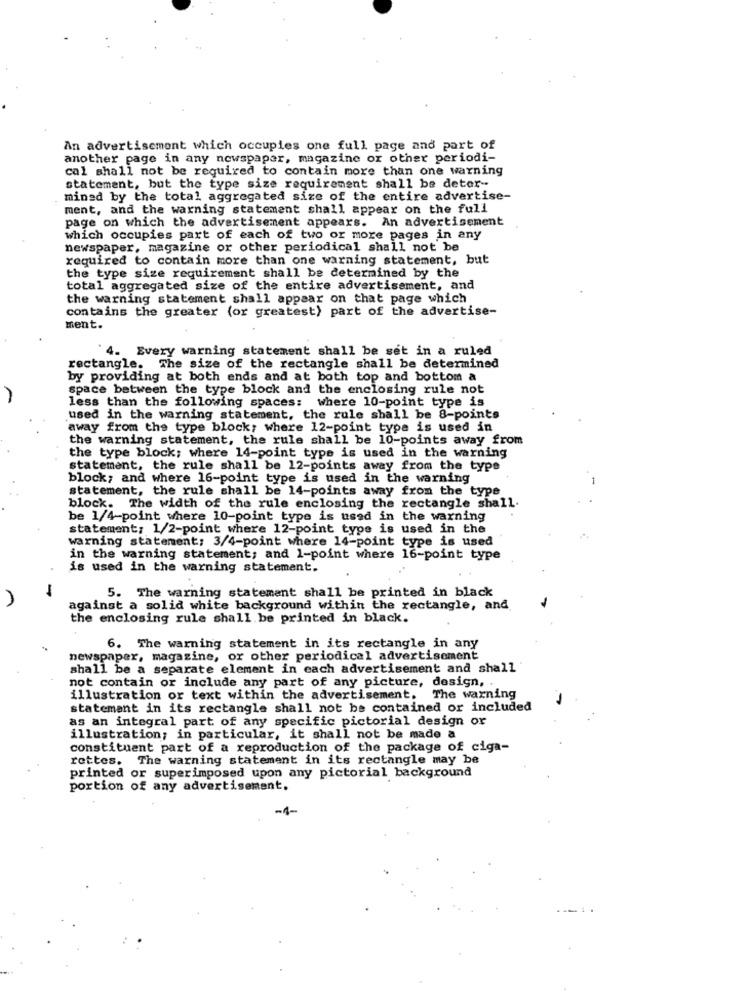
An advertisement which occupies one full page and part of
another page in any newspaper, magazine or other periodi-
cal shall not be required to contain more than one warning
statement, but the type size requirement shall be deter-
mined by the total aggregated size of the entire advertise-
ment, and the warning statement shall appear on the full
page on which the advertisement appears. An advertisement
which occupies part of each of two or more pages in any
newspaper, magazine or other periodical shall not be
required to contain more than one warning statement, but
the type size requirement shall be determined by the
total aggregated size of the entire advertisement, and
the warning statement shall appear on that page which
contains the greater (or greatest) part of the advertise-
ment.
4. Every warning statement shall be set in a ruled
rectangle.
The size of the rectangle shall be determined
by providing at both ends and at both top and bottom a
space between the type block and the enclosing rule not
less than the following spaces: where 10-point type is
used in the warning statement, the rule shall be 8-points
away from the type block; where 12-point type is used in
the warning statement, the rule shall be 10-points away from
the type block; where 14-point type is used in the warning
statement, the rule shall be 12-points away from the type
block; and where 16-point type is used in the warning
statement, the rule shall be 14-points away from the type
block. The width of the rule enclosing the rectangle shall.
be 1/4-point where 10-point type is used in the warning
statement; 1/2-point where 12-point type is used in the
warning statement: 3/4-point where 14-point type is used
in the warning statement; and 1-point where 16-point type
is used in the warning statement.
-
5. The warning statement shall be printed in black
against a solid white background within the rectangle, and
the enclosing rule shall be printed in black.
6. The warning statement in its rectangle in any
newspaper, magazine, or other periodical advertisement
shall be a separate element in each advertisement and shall
not contain or include any part of any picture, design, .
illustration or text within the advertisement. The warning
statemant in its rectangle shall not be contained or included
as an integral part of any specific pictorial design or
illustration; in particular, it shall not be made a
constituent part of a reproduction of the package of ciga-
rettes. The warning statement in its rectangle may be
printed or superimposed upon any pictorial background
portion of any advertisement.
-1-